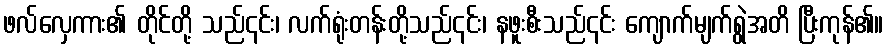
ဖလ်လှေကား၏ တိုင်တို့ သည်၎င်း၊ လက်ရုံးတန်းတို့သည်၎င်း၊ နဖူးစီးသည်၎င်း ကျောက်မျက်ရွဲအတိ ပြီးကုန်၏။